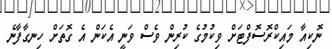
ނޮކިއާ މައިކްރޮސޮފްޓަށް ވިކުމުގެ ކުރިން ވެސް ވަނީ އެކަން އެ ގޮތަށް ހިނގާފާނެ